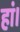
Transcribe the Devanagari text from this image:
हां।